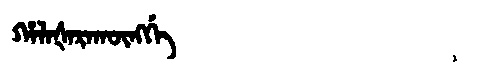
Manchu: ᡥᠠᠯᠠᡧᠠᡵᠠᡴᡡᠩᡤᡝ
Romanization: HALAŠARAKŪNGGE